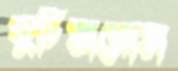
কুচিয়ামোড়া